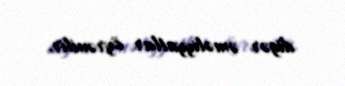
digər əməliyyatlar öyrənilir.